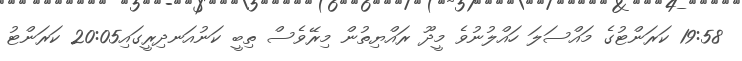
19:58 ކަރަންޓުގެ މައްސަލަ ހައްލުނުވެ މީދޫ ރައްޔިތުން މިރޭވެސް ތިބީ ކަނުއަނދިރީގައި20:05 ކަރަންޓު